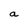
Character: a